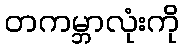
တကမ္ဘာလုံးကို